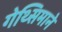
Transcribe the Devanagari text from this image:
गेथ्सिमाने